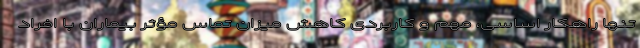
تنها راهکار اساسی، مهم و کاربردی کاهش میزان تماس مؤثر بیماران با افراد